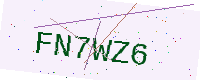
Text: FN7WZ6